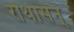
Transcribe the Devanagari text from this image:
रोथोसेन्